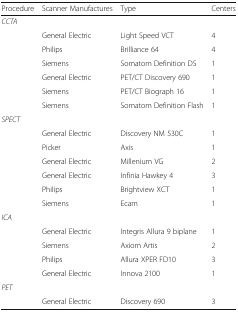
<table><thead><tr><td><b>Procedure</b></td><td><b>Scanner Manufactures</b></td><td><b>Type</b></td><td><b>Centers</b></td></tr></thead><tbody><tr><td rowspan="7"><i>CCTA</i></td><td></td><td></td><td></td></tr><tr><td>General Electric</td><td>Light Speed VCT</td><td>4</td></tr><tr><td>Philips</td><td>Brilliance 64</td><td>4</td></tr><tr><td>Siemens</td><td>Somatom Definition DS</td><td>1</td></tr><tr><td>General Electric</td><td>PET/CT Discovery 690</td><td>1</td></tr><tr><td>Siemens</td><td>PET/CT Biograph 16</td><td>1</td></tr><tr><td>Siemens</td><td>Somatom Definition Flash</td><td>1</td></tr><tr><td rowspan="7"><i>SPECT</i></td><td></td><td></td><td></td></tr><tr><td>General Electric</td><td>Discovery NM 530C</td><td>1</td></tr><tr><td>Picker</td><td>Axis</td><td>1</td></tr><tr><td>General Electric</td><td>Millenium VG</td><td>2</td></tr><tr><td>General Electric</td><td>Infinia Hawkey 4</td><td>3</td></tr><tr><td>Philips</td><td>Brightview XCT</td><td>1</td></tr><tr><td>Siemens</td><td>Ecam</td><td>1</td></tr><tr><td rowspan="5"><i>ICA</i></td><td></td><td></td><td></td></tr><tr><td>General Electric</td><td>Integris Allura 9 biplane</td><td>1</td></tr><tr><td>Siemens</td><td>Axiom Artis</td><td>2</td></tr><tr><td>Philips</td><td>Allura XPER FD10</td><td>3</td></tr><tr><td>General Electric</td><td>Innova 2100</td><td>1</td></tr><tr><td rowspan="2"><i>PET</i></td><td></td><td></td><td></td></tr><tr><td>General Electric</td><td>Discovery 690</td><td>3</td></tr></tbody></table>